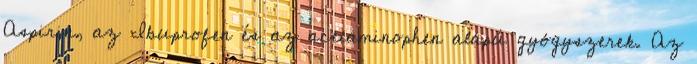
Aspirin, az Ibuprofen és az acetaminophen alapú gyógyszerek. Az